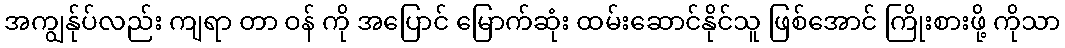
အကျွန်ုပ်လည်း ကျရာ တာ ဝန် ကို အပြောင် မြောက်ဆုံး ထမ်းဆောင်နိုင်သူ ဖြစ်အောင် ကြိုးစားဖို့ ကိုသာ